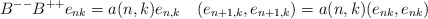
\begin{align*}B^{--}B^{++}e_{nk}=a(n,k)e_{n,k}\quad (e_{n+1,k},e_{n+1,k})=a(n,k)(e_{nk},e_{nk})\end{align*}